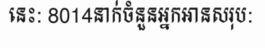
នេះ: 8014នាក់ចំនួនអ្នកអានសរុប: